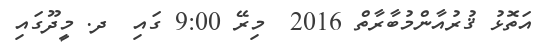
އަތޮޅު ޤުރުއާންމުބާރާތް 2016  މިރޭ 9:00 ގައި  ދ. މީދޫގައި